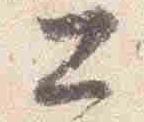
公